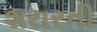
શરારતી